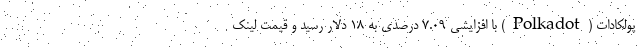
پولکادات (Polkadot) با افزایشی ۷.۰۹ درصدی به ۱۸ دلار رسید و قیمت لینک